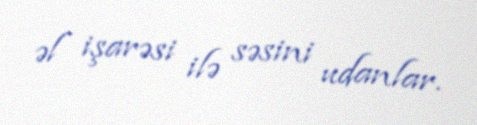
əl işarəsi ilə səsini udanlar.